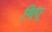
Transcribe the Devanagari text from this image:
मिए